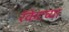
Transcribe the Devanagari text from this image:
रॅकेटच्या